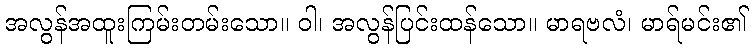
အလွန်အထူးကြမ်းတမ်းသော။ ဝါ၊ အလွန်ပြင်းထန်သော။ မာရဗလံ၊ မာရ်မင်း၏